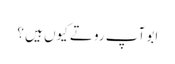
ابو آپ روتے کیوں ہیں ؟